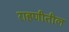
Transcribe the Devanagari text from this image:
राहणीतील